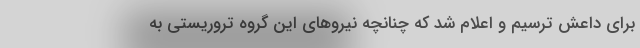
برای داعش ترسیم و اعلام شد که چنانچه نیروهای این گروه تروریستی به